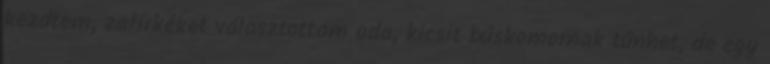
kezdtem, zafírkéket választottam oda, kicsit búskomornak tűnhet, de egy